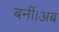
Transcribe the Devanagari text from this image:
बनीं।अब